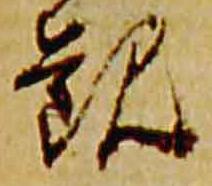
観